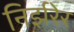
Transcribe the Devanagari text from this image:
निर्झरेर